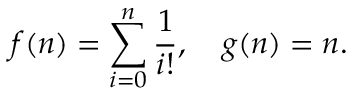
f ( n ) = \sum _ { i = 0 } ^ { n } { \frac { 1 } { i ! } } , \quad g ( n ) = n .